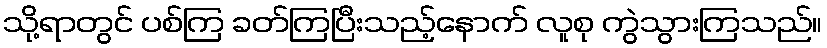
သို့ရာတွင် ပစ်ကြ ခတ်ကြပြီးသည့်နောက် လူစု ကွဲသွားကြသည်။